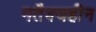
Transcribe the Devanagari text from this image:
मतैक्यहीन